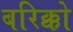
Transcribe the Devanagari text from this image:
बरिक्को